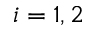
i = 1 , 2